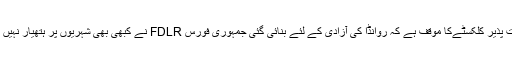
گزشتہ کچھ عرصے سے فرانس میں سکونت پذیر کلکسٹےکا موقف ہے کہ روانڈا کی آزادی کے لئے بنائی گئی جمہوری فورس FDLR نے کبھی بھی شہریوں پر ہتھیار نہیں اٹھائے اور وہ صرف آزادی کی خاطر لڑے۔